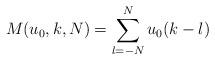
LaTeX: \begin{align*}M(u_0,k,N) = \sum_{l=-N}^N u_0(k-l)\end{align*}